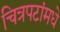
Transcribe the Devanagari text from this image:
चित्रपटांमधे